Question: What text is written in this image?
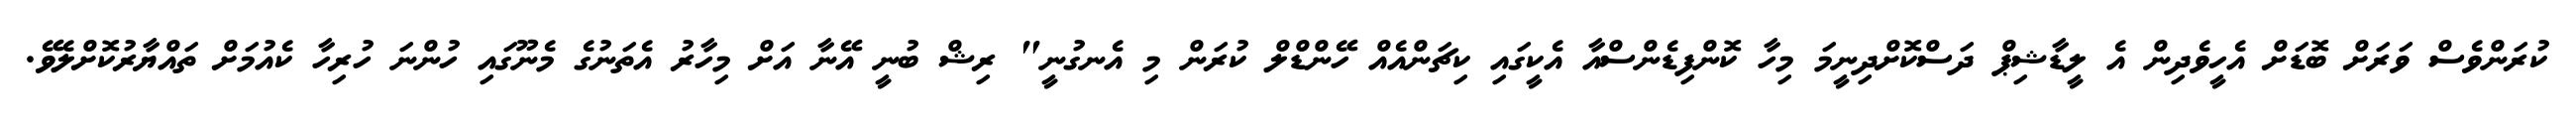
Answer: ކުރަންވެސް ވަރަށް ބޮޑަށް އެހީވެދިން އެ ލީޑާޝިޕް ދަސްކޮށްދިނީމަ މިހާ ކޮންފިޑެންސްއާ އެކީގައި ކިޗަންއެއް ހޭންޑްލް ކުރަން މި އެނގުނީ" ރިޝް ބުނީ އޭނާ އަށް މިހާރު އެތަނުގެ މެނޫގައި ހުންނަ ހުރިހާ ކެއުމަށް ތައްޔާރުކޮށްލެވޭ.